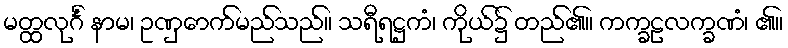
မတ္ထလုင်္ဂံ နာမ၊ ဥဏှောက်မည်သည်။ သရီရဋ္ဌကံ၊ ကိုယ်၌ တည်၏။ ကက္ခဠလက္ခဏံ၊ ၏။